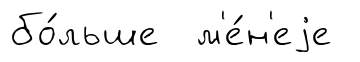
бо́льше м'е́н'еjе